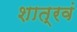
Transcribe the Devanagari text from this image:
शात्रवं